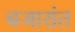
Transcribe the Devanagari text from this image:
बजारांत